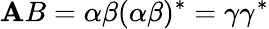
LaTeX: \mathbf{A}B=\alpha\beta(\alpha\beta)^{*}=\gamma\gamma^{*}